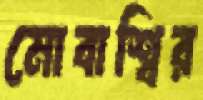
মোবাশ্বির